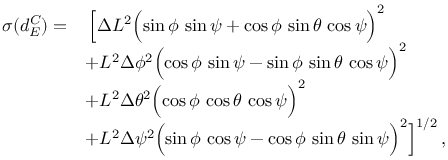
\begin{array} { r l } { \sigma ( d _ { E } ^ { C } ) = } & { \, \Bigl [ \Delta L ^ { 2 } \Bigl ( \sin \phi \, \sin \psi + \cos \phi \, \sin \theta \, \cos \psi \Bigr ) ^ { 2 } } \\ & { + L ^ { 2 } \Delta \phi ^ { 2 } \Bigl ( \cos \phi \, \sin \psi - \sin \phi \, \sin \theta \, \cos \psi \Bigr ) ^ { 2 } } \\ & { + L ^ { 2 } \Delta \theta ^ { 2 } \Bigl ( \cos \phi \, \cos \theta \, \cos \psi \Bigr ) ^ { 2 } } \\ & { + L ^ { 2 } \Delta \psi ^ { 2 } \Bigl ( \sin \phi \, \cos \psi - \cos \phi \, \sin \theta \, \sin \psi \Bigr ) ^ { 2 } \Bigr ] ^ { 1 / 2 } \, , } \end{array}